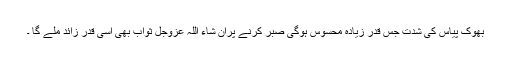
بُھوک پیاس کی شِدّت جس قَدَر زیادہ مَحسوس ہوگی صَبْر کرنے پراِن شاءَ اللہ عَزَّوَجَلَّ ثواب بھی اُسی قَدَر زائد ملے گا ۔